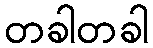
တခါတခါ